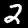
Digit: 2